Annual report on the working of the lock hospitals in the Central Provinces
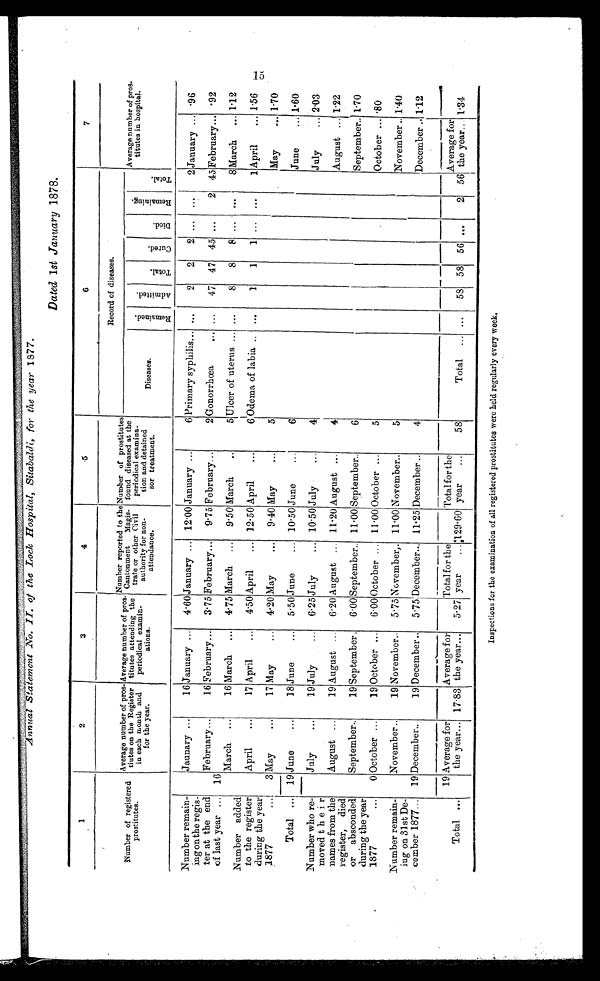
Annual Statement .No. II. of the Lock Hospital, Sitabaldi, for the year 1877.
Dated 1st January 1878.
1
2
3
4
5
6
7
Number of registered
prostitutes.
Average number of pros-
tiutes on the Register
in each month and
for the year.
Average number of pros
- titutes attending the
periodical examin-
ations.
Number reported to the
Cantonment Mais-
trate or other Civil
authority for non-
attendance.
Number of prostitutes
found diseased at the
periodical examina-
tion and detained
sor treatment.
Record of diseases.
Average number of pros-
titutes in hospital.
Diseases.
R e m a i n e d .
A d m i t t e d .
T o t a l .
C u r e d .
D i e d .
R e m i n i n g .
T o t a l .
Number remain-
ing on the regis-
ter at the end
of last year ...
Jaunary ...
16 January ...
4·60 January ... 12 . 00 January ...
6 Primary syphilis... ...
2
2
2 ... ...
2 January ... ·96
16
February...
16 February...
3 . 75 February...
9 . 75 February...
2 Gonorrhœa
. . . ...
47 47 45 ...
2 45 February... ·92
March ...
16 March
...
4. 75 March
...
9 . 50 March
...
5 Ulcer of uterus ... ...
8
8
8 ...
...
8 March
... 1·12
Number added
to the register
during the year
1877
...
April
...
17 April
...
4.50 April... 12·50 April
...
6 Odema of labia
...
1
1
1 ... ...
1 April
... 1·56
3 May
. . .
17 May
...
4 . 20 May
... 9 . 40 May
...
5
May
... 1·70
Total ... 19 June
...
18 June
...
5 . 50 June
... 10 . 50 June
...
6
June
... 1·60
Number who re-
movedtheir
names from the
register, died
or absconded
during the year
1877
...
July
. . .
19 July
...
6 . 25 July
... 10 . 50 July
...
4
July
... 2·03
August ...
19 August ...
6 . 20 August ... 11 . 20 August ...
4
August ... 1·22
September..
19 September.
6 . 00 September.. 11 . 00 September..
6
September.. 1·70
0 October ...
19 October ...
6 . 00 October ... 11 . 00 October ...
5
October ... 80
Number remain-
ing on 31st De-
cember 1877...
November..
19 November..
5·75 November.. 11 . 00 November..
5
November .. 1·40
19 December..
19 December ..
5 . 75 December... 11·25 December ..
4
December .. 1·12
Total ...
19 Average for
the year... 17 . 83
Average for
the year...
5 . 27
Total for the
year
... 129·60
Total for the
year
...
58
Total ... ...
58 58 56 ...
2 56
Average for
t h e y e a r . . .
1·34
Inspections for the examination of all registered prostitutes were held regularly every week.
15